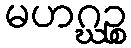
မဟဂ္ဃဉ္စ